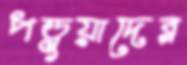
পড়ুয়াদের